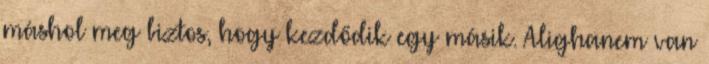
máshol meg biztos, hogy kezdődik egy másik. Alighanem van